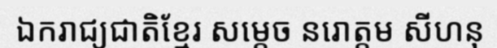
ឯករាជ្យជាតិខ្មែរ សម្តេច នរោត្តម សីហនុ